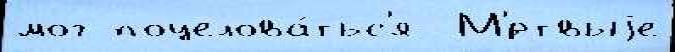
мог поцелова́тьс'я  М'́ртвыjе